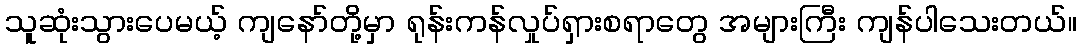
သူဆုံးသွားပေမယ့် ကျနော်တို့မှာ ရုန်းကန်လှုပ်ရှားစရာတွေ အများကြီး ကျန်ပါသေးတယ်။